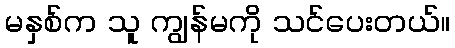
မနှစ်က သူ ကျွန်မကို သင်ပေးတယ်။